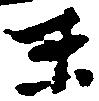
末